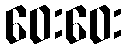
ဝေးဝေး